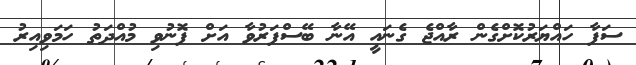
ސަފާ ހައްޔަރުކޮށްގެން ރާއްޖެ ގެނައީ އޭނާ ބޭސްފަރުވާ އަށް ފޮނުވި މުއްދަތު ހަމަވިއިރު